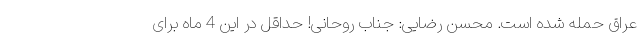
عراق حمله شده است. محسن رضایی: جناب روحانی! حداقل در این 4 ماه برای